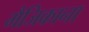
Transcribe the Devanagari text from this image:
मैजिकाना